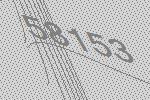
58153